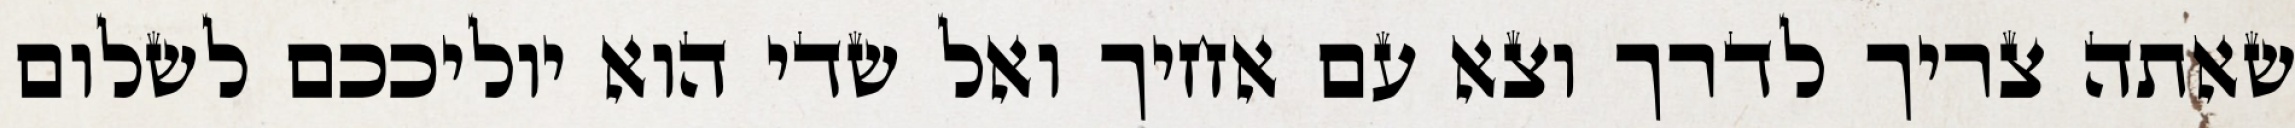
שאתה צריך לדרך וצא עם אחיך ואל שדי הוא יוליככם לשלום